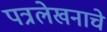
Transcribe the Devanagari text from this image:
पत्रलेखनाचे